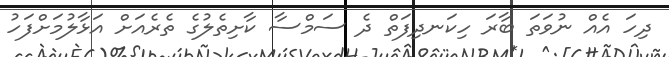
ދިހަ އެއް ނުވަތަ ބާރަ ހިކަނދިފަތް ދެ ސަމްސާ ކާށިތެލުގެ ތެރެއަށް އަޅާލުމަށްފަހު